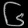
Digit: ၆